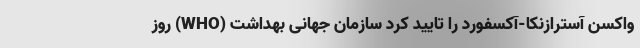
واکسن آسترازنکا-آکسفورد را تایید کرد سازمان جهانی بهداشت (WHO) روز